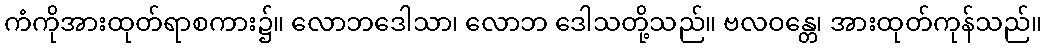
ကံကိုအားထုတ်ရာစကား၌။ လောဘဒေါသာ၊ လောဘ ဒေါသတို့သည်။ ဗလဝန္တေ၊ အားထုတ်ကုန်သည်။